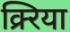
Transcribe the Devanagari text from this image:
क्र्रिया